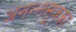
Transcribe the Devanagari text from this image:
अनन्तसूत्रका